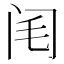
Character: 𨸃